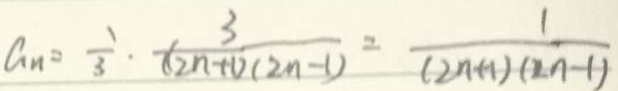
a _ { n } = \frac { 1 } { 3 } \cdot \frac { 1 } { ( 2 n + 1 ) ( 2 n - 1 ) } = \frac { 1 } { ( 2 n + 1 ) ( 2 n - 1 ) }